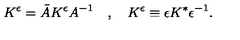
K ^ { \epsilon } = \tilde { A } K ^ { \epsilon } A ^ { - 1 } \quad , \quad K ^ { \epsilon } \equiv \epsilon K ^ { * } \epsilon ^ { - 1 } .